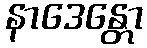
နာဒေန္တော